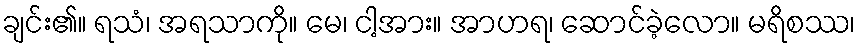
ချင်း၏။ ရသံ၊ အရသာကို။ မေ၊ ငါ့အား။ အာဟရ၊ ဆောင်ခဲ့လော။ မရိစဿ၊